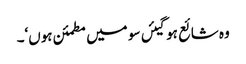
وہ شائع ہوگیئں سو میں مطمئن ہوں‘۔